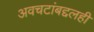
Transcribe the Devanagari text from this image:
अवचटांबद्दलही